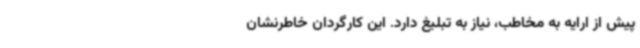
پیش از ارایه به مخاطب، نیاز به تبلیغ دارد. این کارگردان خاطرنشان